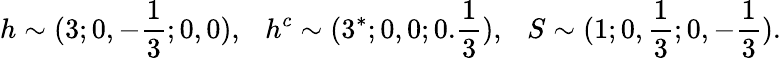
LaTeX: h\sim(3;0,-{\frac{1}{3}};0,0),~~~h^{c}\sim(3^{*};0,0;0.{\frac{1}{3}}),~~~S\sim(1;0,{\frac{1}{3}};0,-{\frac{1}{3}}).